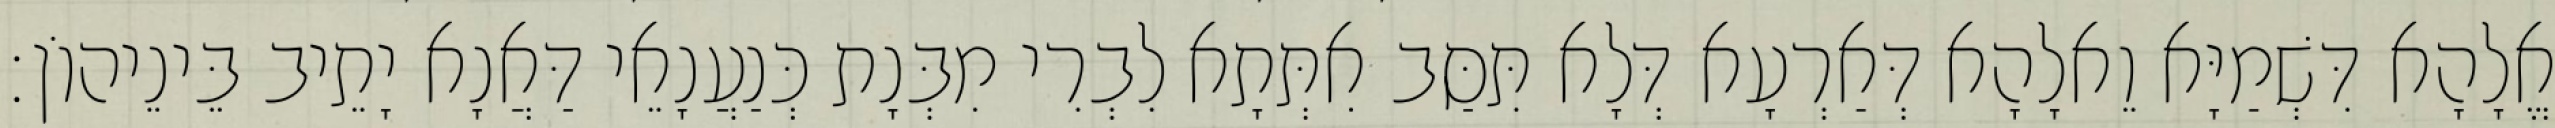
אֱלָהָא דִּשְׁמַיָּא וֵאלָהָא דְּאַרְעָא דְּלָא תִּסַּב אִתְּתָא לִבְרִי מִבְּנָת כְּנַעֲנָאֵי דַּאֲנָא יָתֵיב בֵּינֵיהוֹן׃